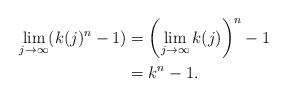
LaTeX: \begin{align*} \lim_{j\rightarrow \infty} (k(j)^n - 1) &= \left( \lim_{j\rightarrow \infty} k(j)\right)^n - 1 \\ &= k^n - 1.\end{align*}